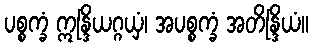
ပစ္စက္ခံ ဣန္ဒြိယဂ္ဂယှံ၊ အပစ္စက္ခံ အတိန္ဒြိယံ။